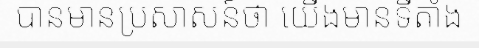
បានមានប្រសាសន៍ថា យើងមានទីតាំង